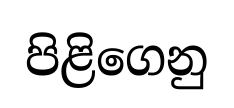
පිළිගෙනු